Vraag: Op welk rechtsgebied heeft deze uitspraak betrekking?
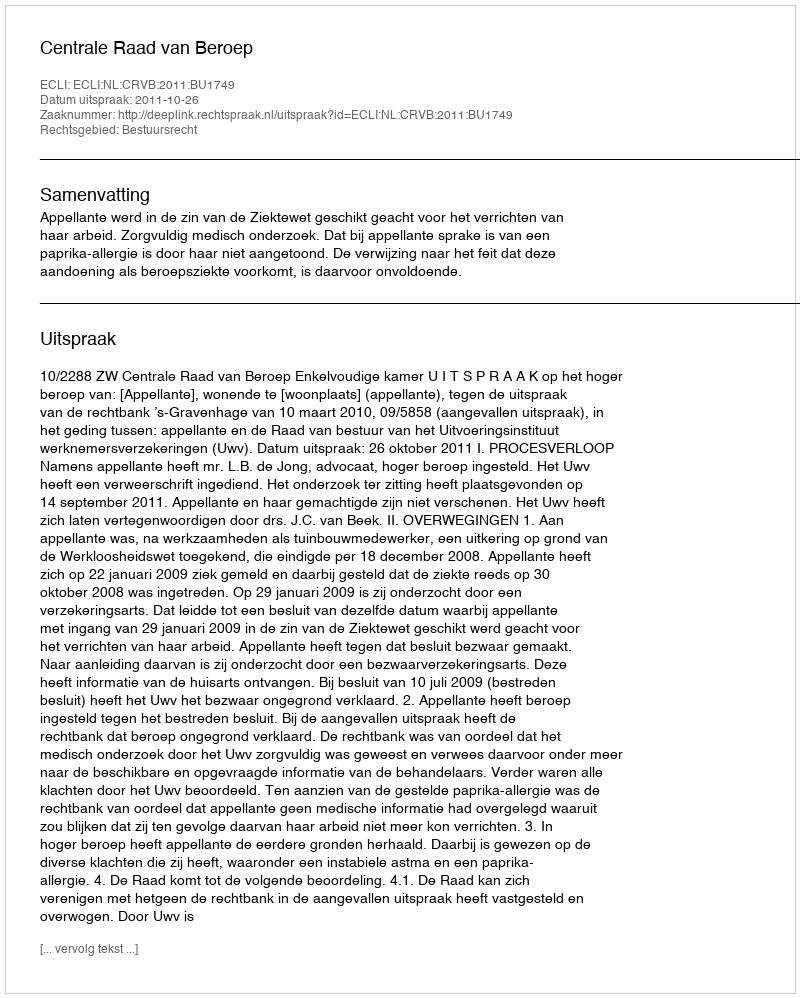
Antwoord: Bestuursrecht